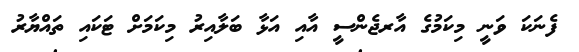
ފެނަކަ ވަނީ މިކަމުގެ އާރޖެންސީ އާއި އަޅާ ބަލާއިރު މިކަމަށް ޓަކައި ތައްޔާރު